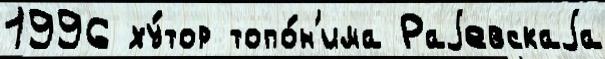
1996 ху́тор топо́н'има Раjевскаjа